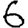
Digit: 6